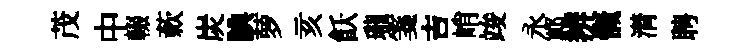
茂中輟蔌炭腆萝亥飫瓏箋吉峭竣永鄆辨慨潸聘